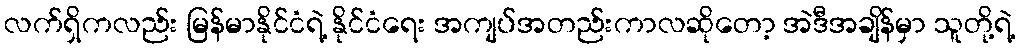
လက်ရှိကလည်း မြန်မာနိုင်ငံရဲ့ နိုင်ငံရေး အကျပ်အတည်းကာလဆိုတော့ အဲဒီအချိန်မှာ သူတို့ရဲ့